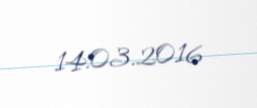
14.03.2016